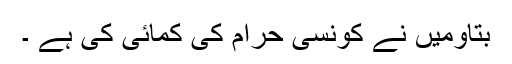
بتاؤمیں نے کونسی حرام کی کمائی کی ہے ۔